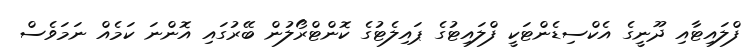
ފްލައިޓާއި ދޫނީގެ އެކްސިޑެންޓަކީ ފްލައިޓުގެ ޕައިލެޓުގެ ކޮންޓްރޯލުން ބޭރުގައި އޮންނަ ކަމެއް ނަމަވެސް